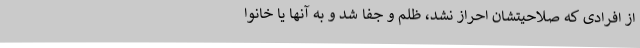
از افرادی که صلاحیتشان احراز نشد، ظلم و جفا شد و به آنها یا خانوا